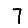
Digit: 7